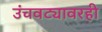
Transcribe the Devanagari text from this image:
उंचवट्यावरही